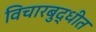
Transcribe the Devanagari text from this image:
विचारबुद्धीत